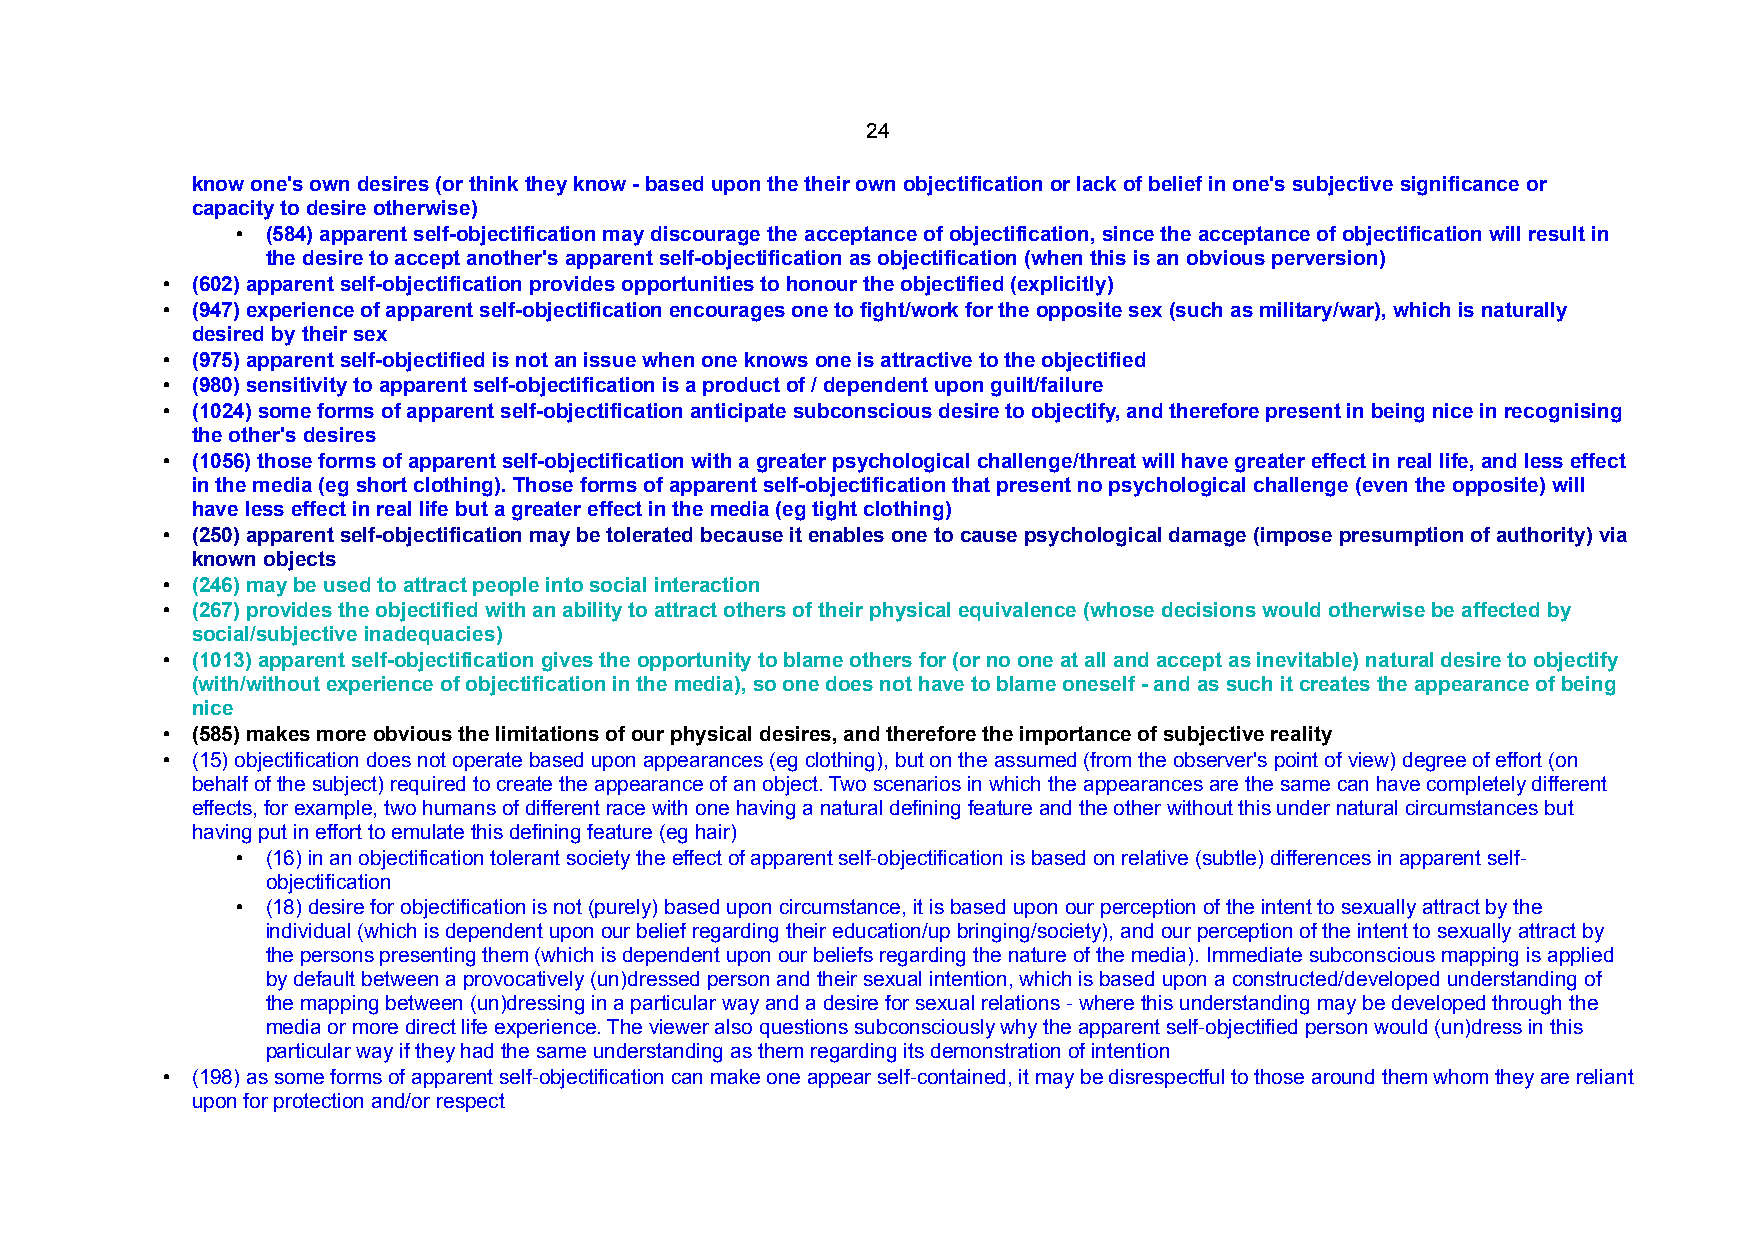
24
 know one's own desires (or think they know - based upon the their own objectification or lack of belief in one's subjective significance or
 capacity to desire otherwise)
 • (584) apparent self-objectification may discourage the acceptance of objectification, since the acceptance of objectification will result in
 the desire to accept another's apparent self-objectification as objectification (when this is an obvious perversion)
 • (602) apparent self-objectification provides opportunities to honour the objectified (explicitly)
 • (947) experience of apparent self-objectification encourages one to fight/work for the opposite sex (such as military/war), which is naturally
 desired by their sex
 • (975) apparent self-objectified is not an issue when one knows one is attractive to the objectified
 • (980) sensitivity to apparent self-objectification is a product of / dependent upon guilt/failure
 • (1024) some forms of apparent self-objectification anticipate subconscious desire to objectify, and therefore present in being nice in recognising
 the other's desires
 • (1056) those forms of apparent self-objectification with a greater psychological challenge/threat will have greater effect in real life, and less effect
 in the media (eg short clothing). Those forms of apparent self-objectification that present no psychological challenge (even the opposite) will
 have less effect in real life but a greater effect in the media (eg tight clothing)
 • (250) apparent self-objectification may be tolerated because it enables one to cause psychological damage (impose presumption of authority) via
 known objects
 • (246) may be used to attract people into social interaction
 • (267) provides the objectified with an ability to attract others of their physical equivalence (whose decisions would otherwise be affected by
 social/subjective inadequacies)
 • (1013) apparent self-objectification gives the opportunity to blame others for (or no one at all and accept as inevitable) natural desire to objectify
 (with/without experience of objectification in the media), so one does not have to blame oneself - and as such it creates the appearance of being
 nice
 • (585) makes more obvious the limitations of our physical desires, and therefore the importance of subjective reality
 • (15) objectification does not operate based upon appearances (eg clothing), but on the assumed (from the observer's point of view) degree of effort (on
 behalf of the subject) required to create the appearance of an object. Two scenarios in which the appearances are the same can have completely different
 effects, for example, two humans of different race with one having a natural defining feature and the other without this under natural circumstances but
 having put in effort to emulate this defining feature (eg hair)
 • (16) in an objectification tolerant society the effect of apparent self-objectification is based on relative (subtle) differences in apparent self-
 objectification
 • (18) desire for objectification is not (purely) based upon circumstance, it is based upon our perception of the intent to sexually attract by the
 individual (which is dependent upon our belief regarding their education/up bringing/society), and our perception of the intent to sexually attract by
 the persons presenting them (which is dependent upon our beliefs regarding the nature of the media). Immediate subconscious mapping is applied
 by default between a provocatively (un)dressed person and their sexual intention, which is based upon a constructed/developed understanding of
 the mapping between (un)dressing in a particular way and a desire for sexual relations - where this understanding may be developed through the
 media or more direct life experience. The viewer also questions subconsciously why the apparent self-objectified person would (un)dress in this
 particular way if they had the same understanding as them regarding its demonstration of intention
 • (198) as some forms of apparent self-objectification can make one appear self-contained, it may be disrespectful to those around them whom they are reliant
 upon for protection and/or respect